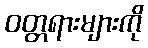
ဝတ္တရားများကို